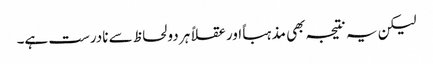
لیکن یہ نتیجہ بھی مذہباً اور عقلاً ہر دو لحاظ سے نادرست ہے۔